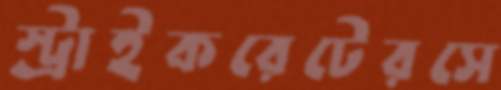
স্ট্রাইকরেটেরসে